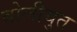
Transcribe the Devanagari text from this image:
बोलीयुत